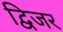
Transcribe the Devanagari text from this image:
द्विजर